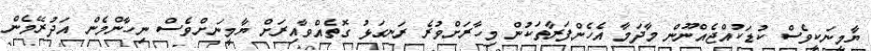
ޔާމީނަކީވެސް ކުޑަކުއްޖެއްނޫން މާދަމާ އެހެންފަރާތަކުން މިހާރަށްވުރެ ރަނގަޅު ގޮތެއްވާއިރަށް ޔާމީނަށްވެސް ނިހާންމެން އަދުރޭމެން